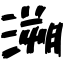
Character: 溯